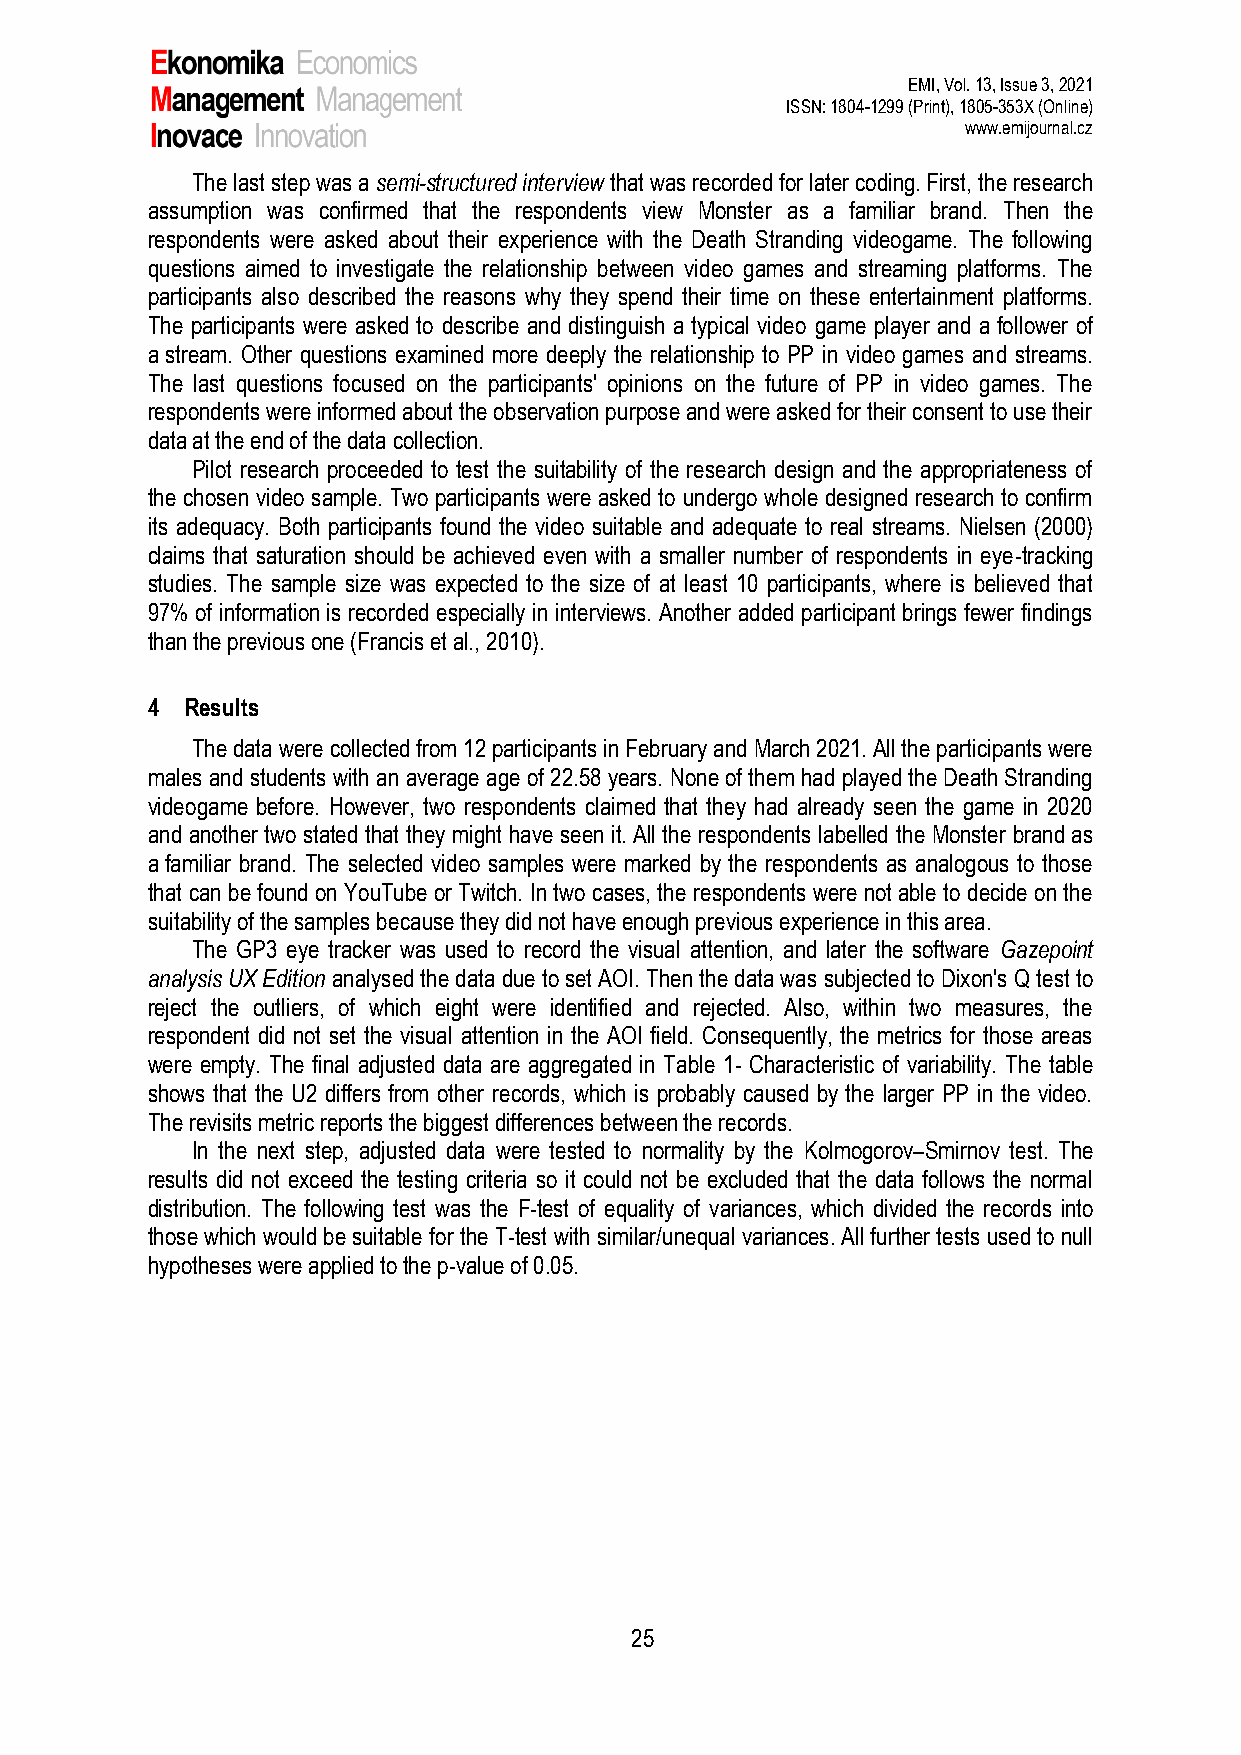
EMI, Vol. 13, Issue 3, 2021
 ISSN: 1804-1299 (Print), 1805-353X (Online)
 www.emijournal.cz
 The last step was a semi-structured interview that was recorded for later coding. First, the research
 assumption was confirmed that the respondents view Monster as a familiar brand. Then the
 respondents were asked about their experience with the Death Stranding videogame. The following
 questions aimed to investigate the relationship between video games and streaming platforms. The
 participants also described the reasons why they spend their time on these entertainment platforms.
 The participants were asked to describe and distinguish a typical video game player and a follower of
 a stream. Other questions examined more deeply the relationship to PP in video games and streams.
 The last questions focused on the participants' opinions on the future of PP in video games. The
 respondents were informed about the observation purpose and were asked for their consent to use their
 data at the end of the data collection.
 Pilot research proceeded to test the suitability of the research design and the appropriateness of
 the chosen video sample. Two participants were asked to undergo whole designed research to confirm
 its adequacy. Both participants found the video suitable and adequate to real streams. Nielsen (2000)
 claims that saturation should be achieved even with a smaller number of respondents in eye-tracking
 studies. The sample size was expected to the size of at least 10 participants, where is believed that
 97% of information is recorded especially in interviews. Another added participant brings fewer findings
 than the previous one (Francis et al., 2010).
 4 Results
 The data were collected from 12 participants in February and March 2021. All the participants were
 males and students with an average age of 22.58 years. None of them had played the Death Stranding
 videogame before. However, two respondents claimed that they had already seen the game in 2020
 and another two stated that they might have seen it. All the respondents labelled the Monster brand as
 a familiar brand. The selected video samples were marked by the respondents as analogous to those
 that can be found on YouTube or Twitch. In two cases, the respondents were not able to decide on the
 suitability of the samples because they did not have enough previous experience in this area.
 The GP3 eye tracker was used to record the visual attention, and later the software Gazepoint
 analysis UX Edition analysed the data due to set AOI. Then the data was subjected to Dixon's Q test to
 reject the outliers, of which eight were identified and rejected. Also, within two measures, the
 respondent did not set the visual attention in the AOI field. Consequently, the metrics for those areas
 were empty. The final adjusted data are aggregated in Table 1- Characteristic of variability. The table
 shows that the U2 differs from other records, which is probably caused by the larger PP in the video.
 The revisits metric reports the biggest differences between the records.
 In the next step, adjusted data were tested to normality by the Kolmogorov–Smirnov test. The
 results did not exceed the testing criteria so it could not be excluded that the data follows the normal
 distribution. The following test was the F-test of equality of variances, which divided the records into
 those which would be suitable for the T-test with similar/unequal variances. All further tests used to null
 hypotheses were applied to the p-value of 0.05.
 25